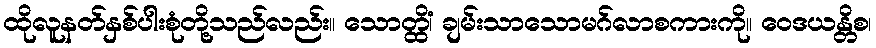
ထိုလူနတ်နှစ်ပါးစုံတို့သည်လည်း။ သောတ္ထိံ၊ ချမ်းသာသောမဂ်လာစကားကို။ ဝေဒယန္တိစ၊